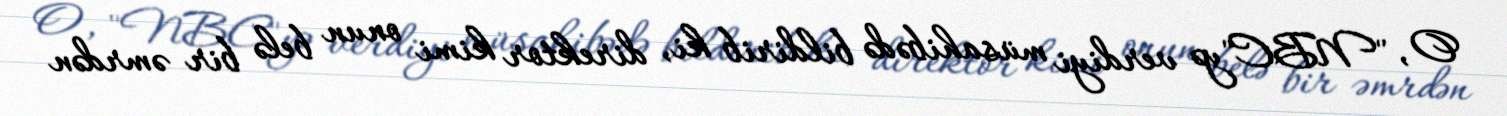
O, "NBC"yə verdiyi müsahibədə bildirib ki, direktor kimi onun belə bir əmrdən